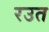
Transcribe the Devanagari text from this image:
रउत